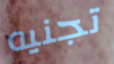
تجنيه